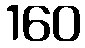
160